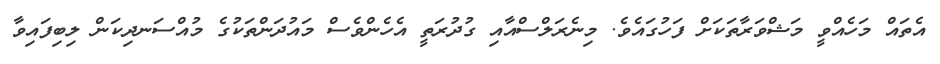
އެތައް މަހެއްވީ މަޝްވަރާތަކަށް ފަހުގައެވެ. މިނެރަލްސްއާއި ގުދުރަތީ އެހެންވެސް މައުދަންތަކުގެ މުއްސަނދިކަން ލިބިފައިވާ